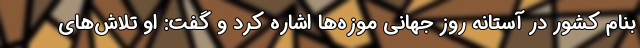
بنام کشور در آستانه روز جهانی موزه‌ها اشاره کرد و گفت: او تلاش‌های